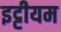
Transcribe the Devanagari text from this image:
इट्टीयम